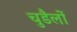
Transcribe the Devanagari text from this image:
चुडैलों